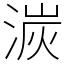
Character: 湠